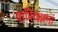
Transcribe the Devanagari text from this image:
वारियज्ञमां